Annual report of the Imperial Bacteriologist
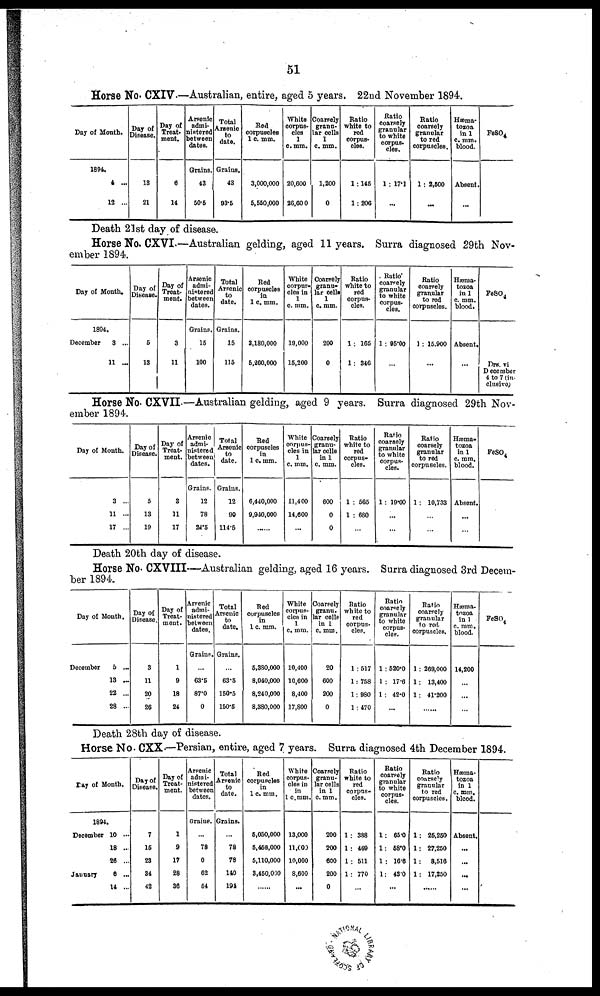
51
Horse No. CXIV.—Australian, entire, aged 5 years. 22nd November 1894.
Day of Month.
1894.
4 ...
12 ...
Day of
Disease.
13
21
Day of
Treat-
ment.
6
14
Arsenic
admi-
nistered
between
dates.
Grains.
43
50.5
Total
Arsenic
to
date.
Grains.
43
93.5
Red
corpuscles
1 c. mm.
3,000,000
5,550,000
White
corpus-
cles
1
c. mm.
20,600
26,60 0
Coarsely
granu-
lar cells
1
c. mm.
1,200
0
Ratio
white to
red
corpus-
cles.
1:145
1:206
Ratio
coarsely
granular
to white
corpus-
cles.
1: 17.1
...
Ratio
coarsely
granular
to red
corpuscles.
1: 2,500
...
Hæma-
tozoa
in 1
c. mm.
blood.
Absent.
...
FeSO4
Death 21st day of disease.
Horse No. CXVI.—Australian gelding, aged 11 years. Surra diagnosed 29th Nov-
ember 1894.
Day of Month.
1894.
December
3 ...
11 ...
Day of
Disease.
5
13
Day of
Treat-
ment.
3
11
Arsenic
admi-
nistered
between
dates.
Grains.
15
100
Total
Arsenic
to
date.
Grains.
15
115
Red
corpuscles
in
1 c. mm.
3,180,000
5,200,000
White
corpus-
cles in
1
c. mm.
19,000
15,200
Coarsely
granu-
lar cells
1
c. mm.
200
0
Ratio
white to
red
corpus-
cles.
1: 165
1: 346
Ratio
coarsely
granular
to white
corpus-
cles.
1 : 95.00
...
Ratio
coarsely
granular
to red
corpuscles.
1 : 15.900
...
Hæma-
tozoa
in 1
c. mm.
blood.
Absent.
...
FeSO 4
Drs. vi
December
4 to 7 (in-
clusive)
Horse No. CXVIL—Australian gelding, aged 9 years. Surra diagnosed 29th Nov-
ember 1894.
Day of Month.
3 ...
11 ...
17 ...
Day of
Disease.
5
13
10
Day of
Treat¬
ment.
3
11
17
Arsenic
admi-
nistered
between
dates.
Grains.
12
78
24.5
Total
Arsenic
to
date.
Grains.
12
90
114.5
Red
corpuscles
in
1 c. mm.
6,440,000
9,940,000
... ...
White
corpus-
cles in
1
c. mm.
11,400
14,600
...
Coarsely
granu-
lar cells
in 1
c. mm.
600
0
0
Ratio
white to
red
corpus-
cles.
1 : 565
1 : 680
...
Ratio
coarsely
granular
to white
corpus-
cles.
1: 19.00
...
...
Ratio
coarsely
granular
to red
corpuscles.
1: 10,733
...
...
Hæma¬
tozoa
in 1
c. mm.
blood.
Absent.
...
...
FeSO 4
Death 20th day of disease.
Horse No. CXVIII—Australian gelding, aged 16 years. Surra diagnosed 3rd Decem-
ber 1894.
Day of Month.
December
5 ...
13 ...
22 ...
28 ...
Day of
Disease.
3
11
20
26
Day of
Treat-
ment.
1
9
18
24
Arsenic
admi-
nistered
between
dates.
Grains.
...
63.5
87.0
0
Total
Arsenic
to
date.
Grains.
...
63.5
150.5
150.5
Red
corpuscles
in
1 c. mm.
5,380,000
8,040,000
8,240,000
8,380,000
White
corpus-
cles in
1
c. mm.
10,400
10,600
8,400
17,800
Coarsely
granu.
lar cells
in 1
c. mm.
20
600
200
0
Ratio
white to
red
corpus-
cles.
1:517
1: 758
1:980
1: 470
Ratio
coarsely
granular
to white
corpus-
cles.
1:520.0
1 : 17.6
1: 42.0
...
Ratio
coarsely
granular
to red
corpuscles.
1 : 269,000
1: 13,400
1: 41.200
...
Hæma-
tozoa
in 1
c. mm.
blood.
14,200
...
...
...
FeSO 4
Death 28th day of disease.
Horse No. CXX.—Persian, entire, aged 7 years. Surra diagnosed 4th December 1894.
Day of Month.
1894.
December 10 ...
18 ...
26 ...
January
6
...
14 ...
Day of
Disease.
7
15
23
34
42
Day of
Treat-
ment.
1
9
17
28
36
Arsenic
admi-
nistered
between
dates.
Grains.
...
78
0
62
54
Total
Arsenic
to
date.
Grains.
...
78
78
140
194
Red
corpuscles
in
1 c. mm.
5,050,000
5,450,000
5,110,000
3,450,000
... ...
White
corpus-
cles in
in
1 c.mm.
13,000
11,000
10,000
8,600
...
Coarsely
granu-
lar cells
in 1
c.mm.
200
200
600
200
0
Ratio
white to
red
corpus-
cles.
1: 388
1: 469
1: 511
1: 770
...
Ratio
coarsely
granular
to white
corpus-
cles.
1: 65.0
1: 58.0
1 : 16.6
1: 43.0
...
Ratio
coarsely
granular
to red
corpuscles.
1: 25,250
1: 27,250
1: 8,516
1: 17,250
... ...
Hæma-
tozoa
in 1
c. mm.
blood.
Absent.
...
...
...
...